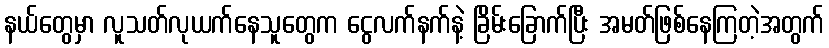
နယ်တွေမှာ လူသတ်လုယက်နေသူတွေက ငွေလက်နက်နဲ့ ခြိမ်းခြောက်ပြီး အမတ်ဖြစ်နေကြတဲ့အတွက်